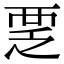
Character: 覂